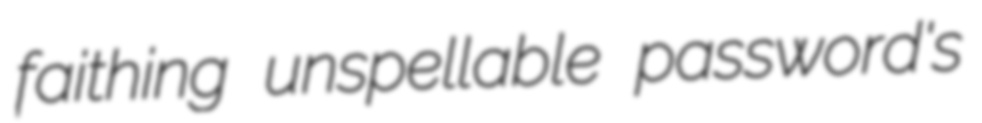
faithing unspellable password's